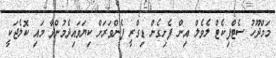
މަމްދޫހު ސެޓްފިކެޓް ލެވެލް އިން ފެށިގެން ޑިގްރީ ފެންވަރަށް ކިޔަވައިދެމުންދާ މަަައި ކޮލެޖަކީ